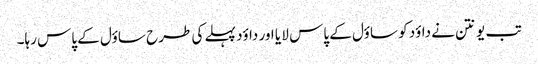
تب یونتن نے داؤد کو ساؤل کے پاس لا یا اور داؤد پہلے کی طرح ساؤل کے پاس رہا۔